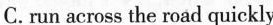
C. run across the road quickly